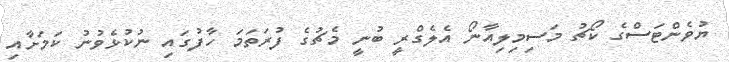
ޔުވެންޓަސްގެ ކޯޗު މަސިމިލިއާނޯ އެލެގްރީ ބުނީ މެޗުގެ ފުރަތަމަ ހާފުގައި ނުކުޅެވުނު ކަމަށާއި